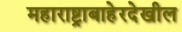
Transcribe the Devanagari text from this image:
महाराष्ट्राबाहेरदेखील